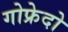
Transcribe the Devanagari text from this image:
गोफ्रेदो